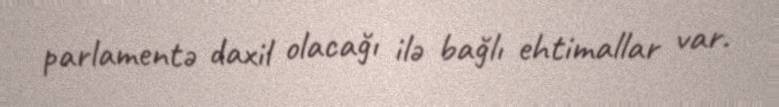
parlamentə daxil olacağı ilə bağlı ehtimallar var.